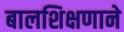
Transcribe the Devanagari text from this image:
बालशिक्षणाने